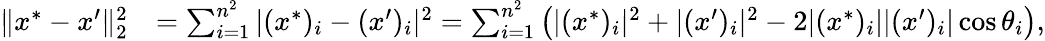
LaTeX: \begin{array}{rl}{\| x^{*}-x^{\prime}\| _{2}^{2}}&{=\sum_{i=1}^{n^{2}}|(x^{*})_{i}-(x^{\prime})_{i}|^{2}=\sum_{i=1}^{n^{2}}\left(|(x^{*})_{i}|^{2}+|(x^{\prime})_{i}|^{2}-2|(x^{*})_{i}||(x^{\prime})_{i}|\cos\theta_{i}\right),}\end{array}